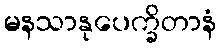
မနသာနုပေက္ခိတာနံ